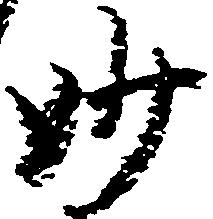
妙